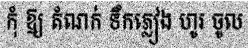
កុំ ឱ្យ តំណក់ ទឹកភ្លៀង ហូរ ចូល